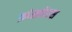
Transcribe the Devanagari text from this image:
फ़ांस्फ़ोरस